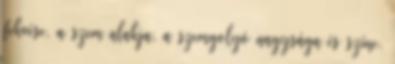
fekvése, a szem alakja, a szemgolyó nagysága és színe.